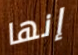
إنها